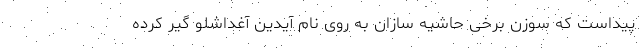
پیداست که سوزن برخی حاشیه سازان به روی نام آیدین آغداشلو گیر کرده